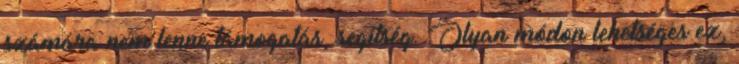
számára nem lenne támogatás, segítség. Olyan módon lehetséges ez,